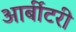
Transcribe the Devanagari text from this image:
आर्बीटरी